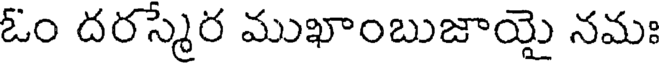
ఓం దరస్మేర ముఖాంబుజాయై నమః